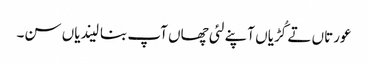
عورتاں تے کُڑیاں آپنے لئی چھاں آپ بنا لیندیاں سن۔